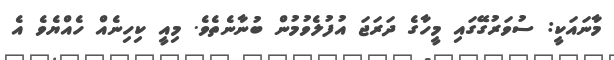
މާނައަކީ: ސުވަރުގޭގައި މީހާގެ ދަރަޖަ އުފުލެވުމުން ބުނާނެތެވެ. މިއީ ކިހިނެއް ހެއްޔެވެ އެ